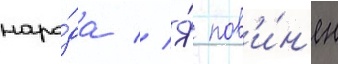
наро́да // Я́ пов'и́н'ен